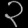
Digit: ၃